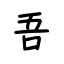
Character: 吾